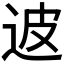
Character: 𲅖